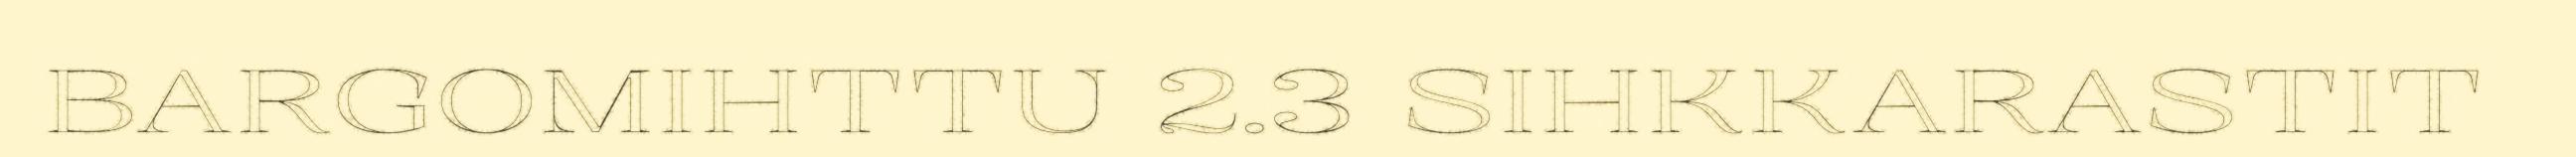
BARGOMIHTTU 2.3 SIHKKARASTIT